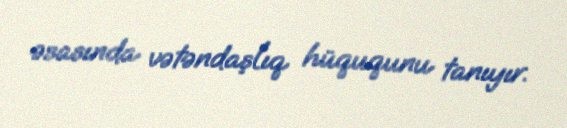
əsasında vətəndaşlıq hüququnu tanıyır.